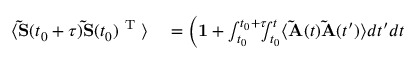
\begin{array} { r l } { \langle \mathbf { \widetilde { S } } ( t _ { 0 } + \tau ) \mathbf { \widetilde { S } } ( t _ { 0 } ) ^ { \mathrm { ~ T ~ } } \rangle } & { { } = \left( \vphantom { \int _ { t _ { 0 } } ^ { t _ { 0 } + \tau } } \mathbf { 1 } + \int _ { t _ { 0 } } ^ { t _ { 0 } + \tau } \! \! \! \int _ { t _ { 0 } } ^ { t } \langle \mathbf { \widetilde { A } } ( t ) \mathbf { \widetilde { A } } ( t ^ { \prime } ) \rangle d t ^ { \prime } d t \right. } \end{array}